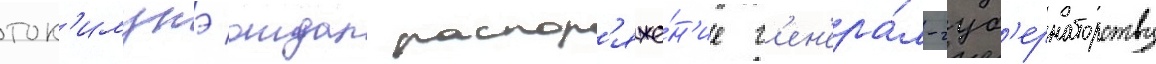
ток'имунэ отдал распор'яже́н'ие г'ен'ера́л-губ'ернаторству